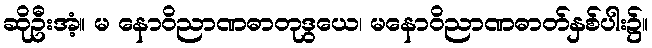
ဆိုဦးအံ့။ မ နောဝိညာဏဓာတုဒွယေ၊ မနောဝိညာဏဓာတ်နှစ်ပါး၌။